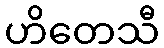
ဟိတေသီ